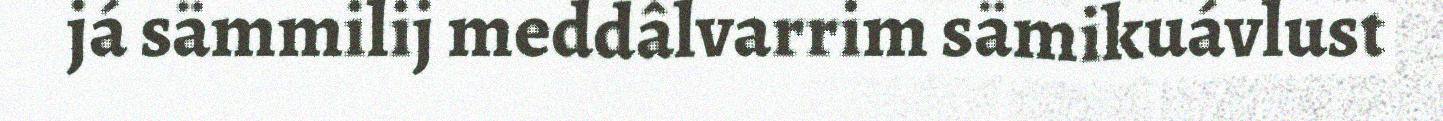
já sämmilij meddâlvarrim sämikuávlust